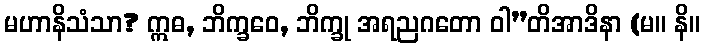
မဟာနိသံသာ? ဣဓ, ဘိက္ခဝေ, ဘိက္ခု အရညဂတော ဝါ”တိအာဒိနာ (မ။ နိ။